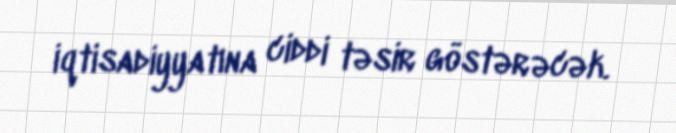
iqtisadiyyatına ciddi təsir göstərəcək.